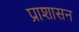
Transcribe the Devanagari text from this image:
प्राशासन